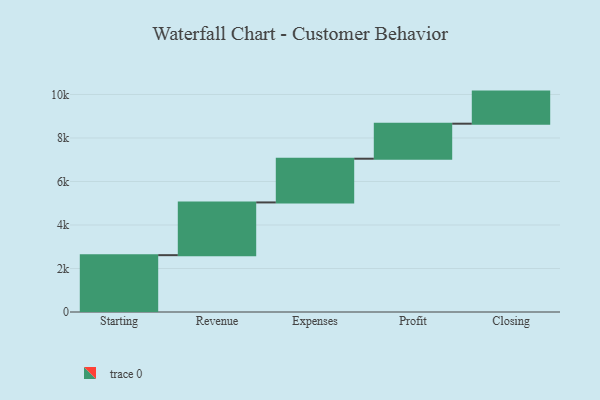
{"axis": {"x": "Step", "y": "Value"}, "legend": [""], "data": [{"x": "Starting", "y": 2613.0, "type": ""}, {"x": "Revenue", "y": 2424.0, "type": ""}, {"x": "Expenses", "y": 2010.0, "type": ""}, {"x": "Profit", "y": 1610.0, "type": ""}, {"x": "Closing", "y": 1475.0, "type": ""}]}